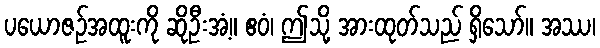
ပယောဇဉ်အထူးကို ဆိုဦးအံ့။ ဧဝံ၊ ဤသို့ အားထုတ်သည် ရှိသော်။ အဿ၊